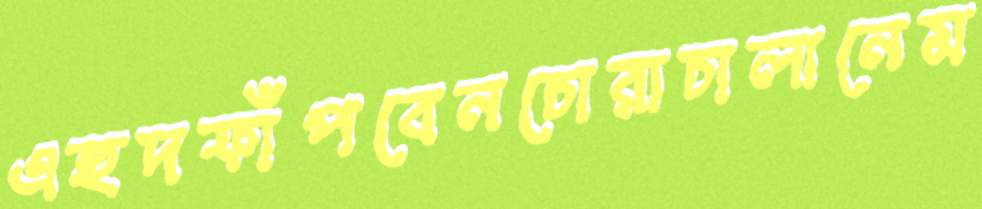
এহুদফাঁপবেনচোরাচালানেম